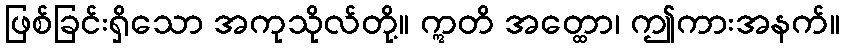
ဖြစ်ခြင်းရှိသော အကုသိုလ်တို့။ ဣတိ အတ္ထော၊ ဤကားအနက်။